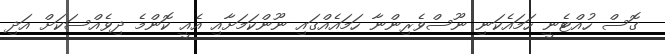
ގޮސް ހުއްޓެނީ ހަމައެކަނި ނޫސްވެރިންނާ ހަމައެއްގައި ނޫންކަމަށާއި އެއީ ކޮންމެ ދިވެއްސަކަށް އަދި